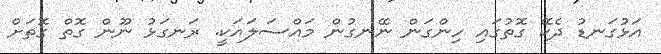
އަޅުގަނޑު ދެކޭ ގޮތުގައި ހިންގަން ނޭނގުން މައްސަލައަކީ. ރަނގަޅު ނޫން ގޮތް ގޮތަށް